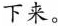
下来。